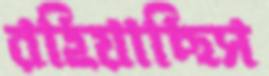
রহিয়াছিস